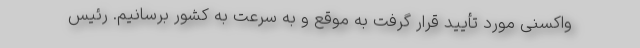
واکسنی مورد تأیید قرار گرفت به موقع و به سرعت به کشور برسانیم. رئیس